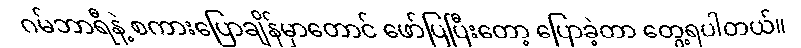
ဂမ်ဘာရီနဲ့ စကားပြောချိန်မှာတောင် ဖော်ပြပြီးတော့ ပြောခဲ့တာ တွေ့ရပါတယ်။